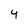
Character: 4